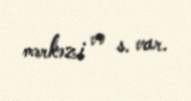
mərkəzi və s. var.